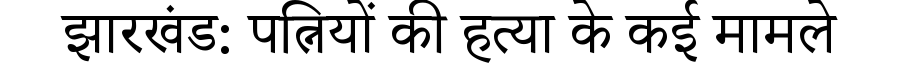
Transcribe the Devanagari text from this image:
झारखंड: पत्नियों की हत्या के कई मामले